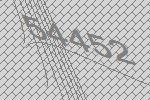
54452